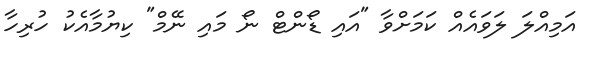
އަމިއްލަ ލަވައެއް ކަމަށްވާ "އައި ޑޯންޓް ނޯ މައި ނޭމް" ކިޔުމާއެކު ހުރިހާ